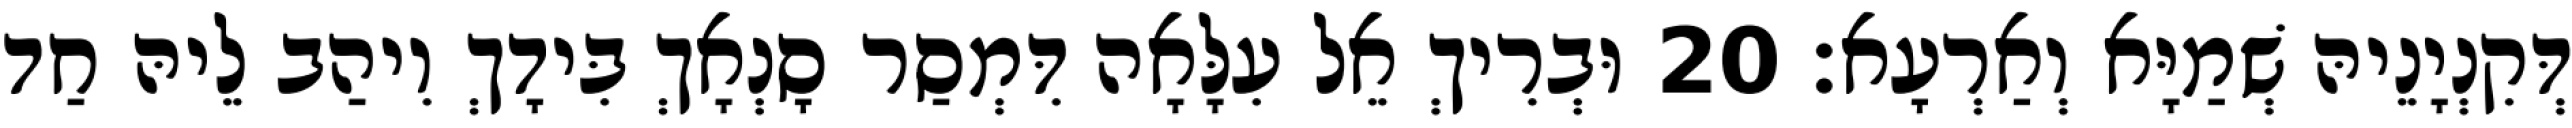
דְּקִנְיָנֵיהּ שְׁמַיָּא וְאַרְעָא׃ 20 וּבְרִיךְ אֵל עִלָּאָה דִּמְסַר סָנְאָךְ בִּידָךְ וִיהַב לֵיהּ חַד